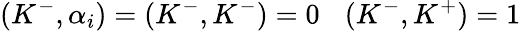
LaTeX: (K^{-},\alpha_{i})=(K^{-},K^{-})=0\: \: \: \: (K^{-},K^{+})=1